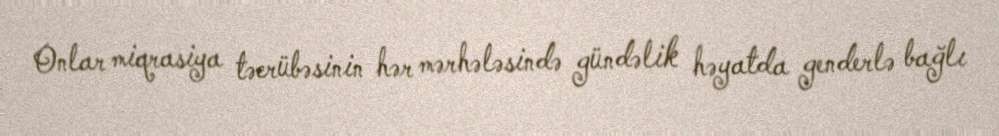
Onlar miqrasiya təcrübəsinin hər mərhələsində gündəlik həyatda genderlə bağlı